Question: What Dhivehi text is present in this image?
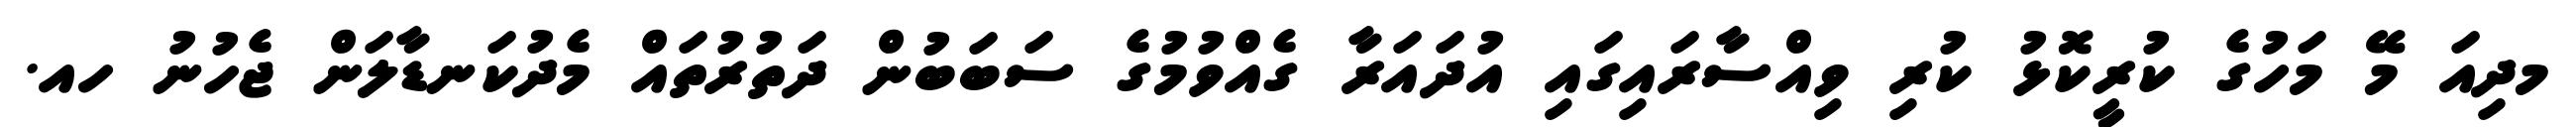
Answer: މދިއަ މޭ މަހުގެ ކުރީކޮޅު ކުރި ވިއްސާރައިގައި އުދައަރާ ގެއްވުމުގެ ސަބަބުން ދަތުރުތައް މެދުކަނޑާލަން ޖެހުނު ހއ.